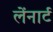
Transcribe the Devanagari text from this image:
लेंनार्ट